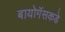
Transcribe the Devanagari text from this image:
बायोगॅसकडे